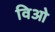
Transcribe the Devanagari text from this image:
विओ